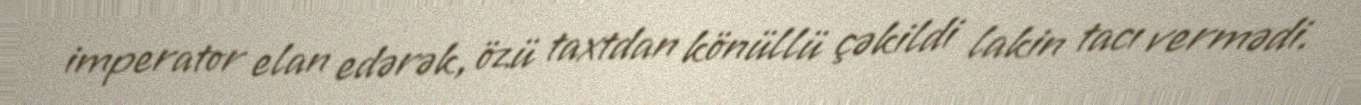
imperator elan edərək, özü taxtdan könüllü çəkildi lakin tacı vermədi.